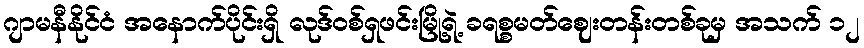
ဂျာမနီနိုင်ငံ အနောက်ပိုင်းရှိ လုဒ်ဝစ်ရှဖင်းမြို့ရဲ့ ခရစ္စမတ်ဈေးတန်းတစ်ခုမှ အသက် ၁၂